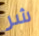
شر